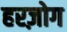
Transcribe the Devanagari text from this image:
हरज़ोग